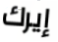
إيرك